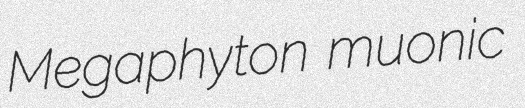
Megaphyton muonic